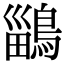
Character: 鶅